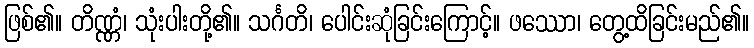
ဖြစ်၏။ တိဏ္ဏံ၊ သုံးပါးတို့၏။ သင်္ဂတိ၊ ပေါင်းဆုံခြင်းကြောင့်။ ဖဿော၊ တွေ့ထိခြင်းမည်၏။